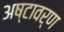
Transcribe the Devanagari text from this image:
अष्टावर्ण